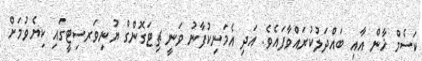
ކަސެމް ޚާން އާއި ބައްދަލުކުރައްވާފައެވެ. އަދި އެމަނިކުފާނު ވަނީ ޗިޓަގޮންގް ޔުނިވަރސިޓީގައި ކިޔެވުމަށް